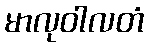
မာလုဝါလတံ